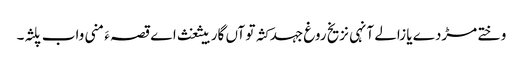
وختے مڑدے یا زالے آنہی نزیخ روغ جہد کثہ تو آں گار بیثغث اے قصہ ءَ منی واب پلثہ۔